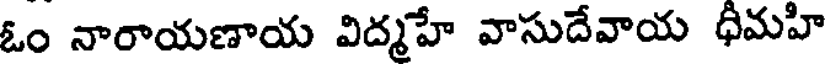
ఓం నారాయణాయ విద్మహే వాసుదేవాయ ధీమహి